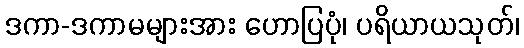
ဒကာ-ဒကာမများအား ဟောပြပုံ၊ ပရိယာယသုတ်၊